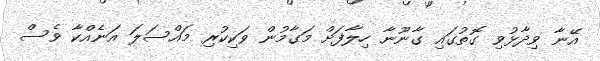
އޭނާ ވިދާޅުވި ގޮތުގައި ގާނޫނާ ހިލާފަށް މަގާމުން ވަކިކުރި މައްސަލަ އަނެއްކާ ވެސް